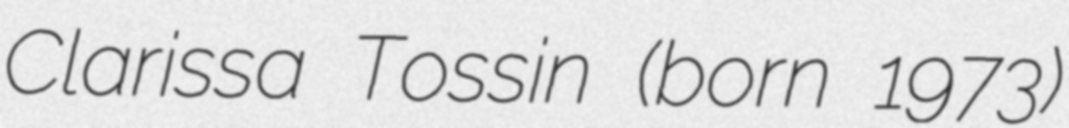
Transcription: Clarissa Tossin (born 1973)